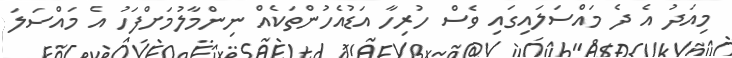
މިއަދު އެ ދެ މައްސަލައިގައި ވެސް ހުރިހާ އަޑުއެހުންތަކެއް ނިންމާލުމަށްފަހު އެ މައްސަލަ